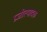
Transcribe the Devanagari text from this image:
प्रजोत्पादक